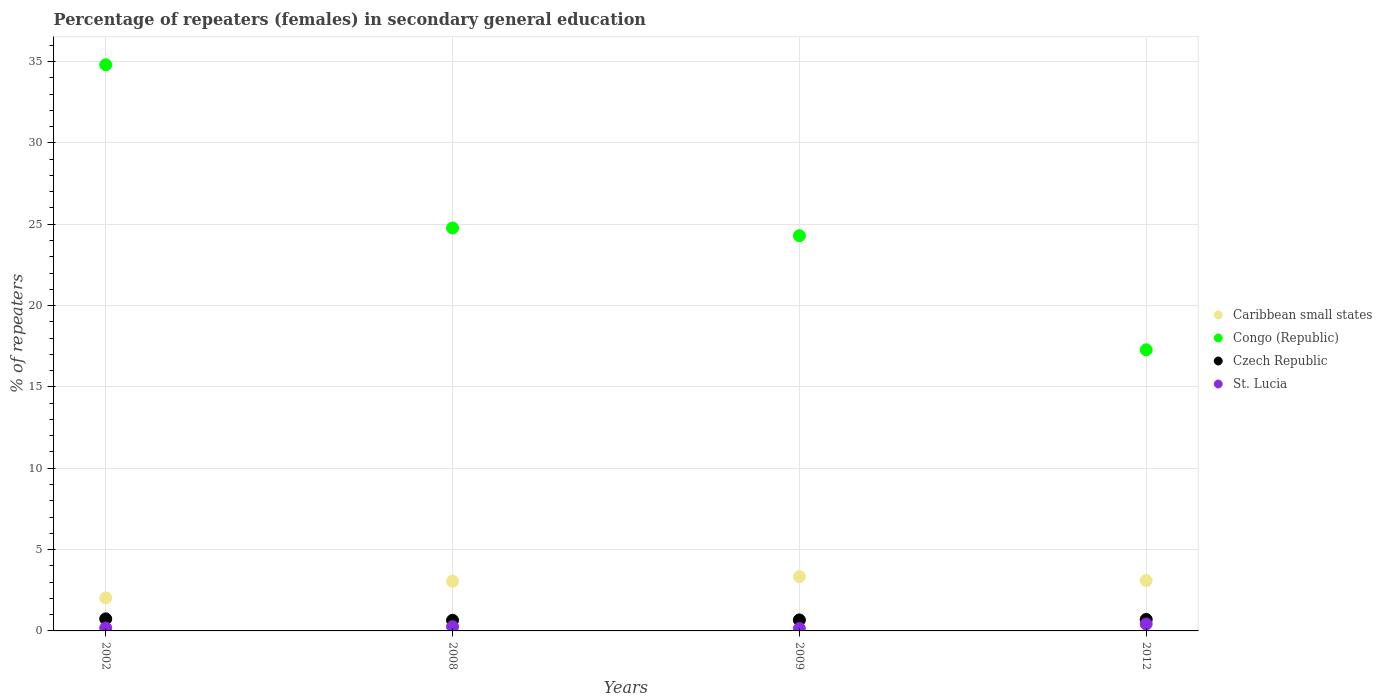
| Years | Caribbean small states | Congo (Republic) | Czech Republic | St. Lucia |
 | --- | --- | --- | --- | --- |
 | 2002 | 2.03 | 34.8 | 0.742 | 0.179 |
 | 2008 | 3.06 | 24.8 | 0.652 | 0.26 |
 | 2009 | 3.34 | 24.3 | 0.676 | 0.147 |
 | 2012 | 3.1 | 17.3 | 0.705 | 0.426 |